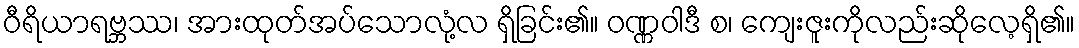
ဝီရိယာရဗ္ဘဿ၊ အားထုတ်အပ်သောလုံ့လ ရှိခြင်း၏။ ဝဏ္ဏဝါဒီ စ၊ ကျေးဇူးကိုလည်းဆိုလေ့ရှိ၏။